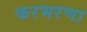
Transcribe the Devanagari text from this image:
करभरणा